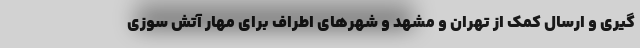
گیری و ارسال کمک از تهران و مشهد و شهرهای اطراف برای مهار آتش سوزی